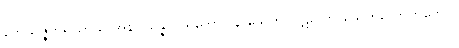
ဘေသဇ္ဇကိရိယာယ အနာပန္နော ပရိဘောဂါနိ သေတိ ပါဋလော သေတလောဟိတော။